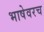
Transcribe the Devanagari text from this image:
भाषेवरच